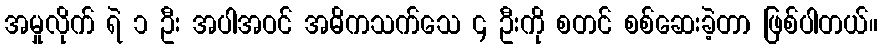
အမှုလိုက် ရဲ ၁ ဦး အပါအဝင် အဓိကသက်သေ ၄ ဦးကို စတင် စစ်ဆေးခဲ့တာ ဖြစ်ပါတယ်။